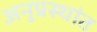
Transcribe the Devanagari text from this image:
अनुप्रस्थांत